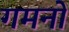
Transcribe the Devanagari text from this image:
गमनों